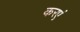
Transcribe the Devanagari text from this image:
करएं